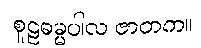
စူဠဓမ္မပါလ ဇာတက။